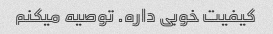
کیفیت خوبی داره. توصیه میکنم